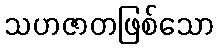
သဟဇာတဖြစ်သော